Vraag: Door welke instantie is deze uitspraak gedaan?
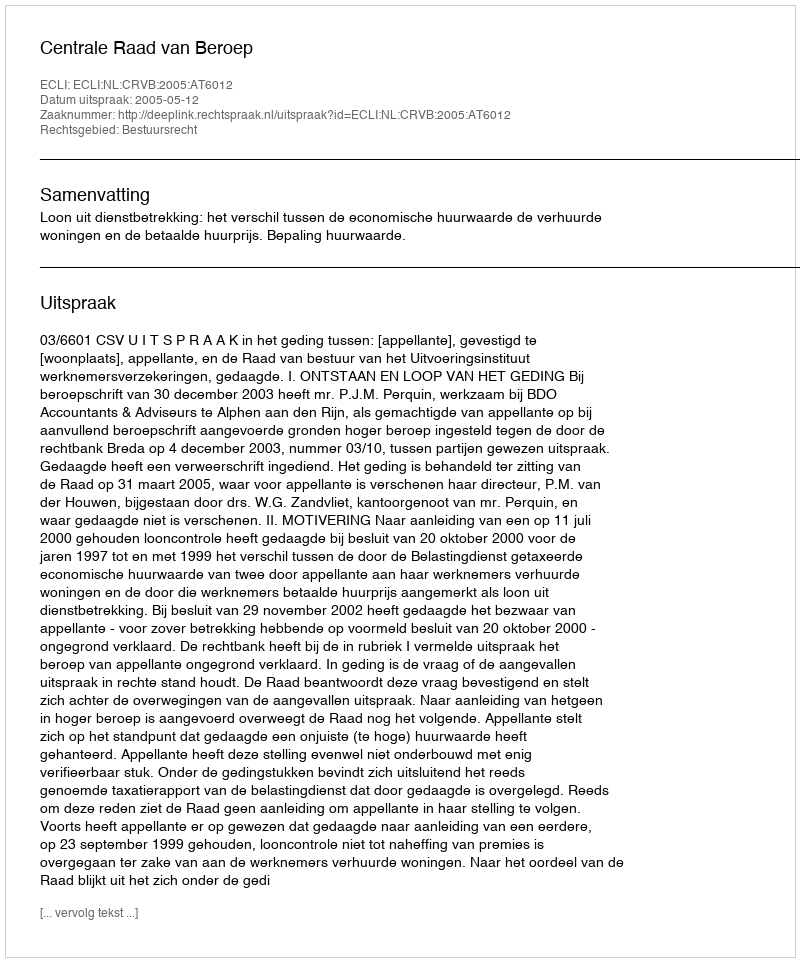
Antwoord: Centrale Raad van Beroep